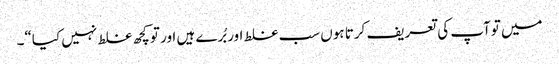
میں توآپ کی تعریف کرتا ہوں سب غلط اور بُرے ہیں اور تو کچھ غلط نہیں کیا“۔